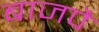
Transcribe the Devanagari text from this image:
बाजपै